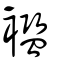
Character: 襤